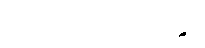
ကုသလာဘိသန္ဒော